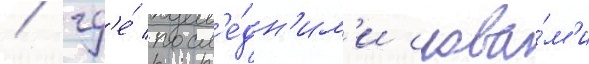
/ гд'е́ посл'е́дн'им'и слова́м'и